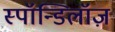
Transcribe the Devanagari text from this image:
स्पॉन्डिलॉज़